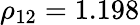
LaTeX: \rho_{12}=1.198